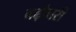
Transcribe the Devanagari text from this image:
बढ़ौत्तरी